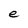
Character: e